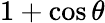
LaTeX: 1+\cos\theta